Reports on dispensaries and lunatic asylums in the Province of Oudh - 1869-1876
Year: 1869
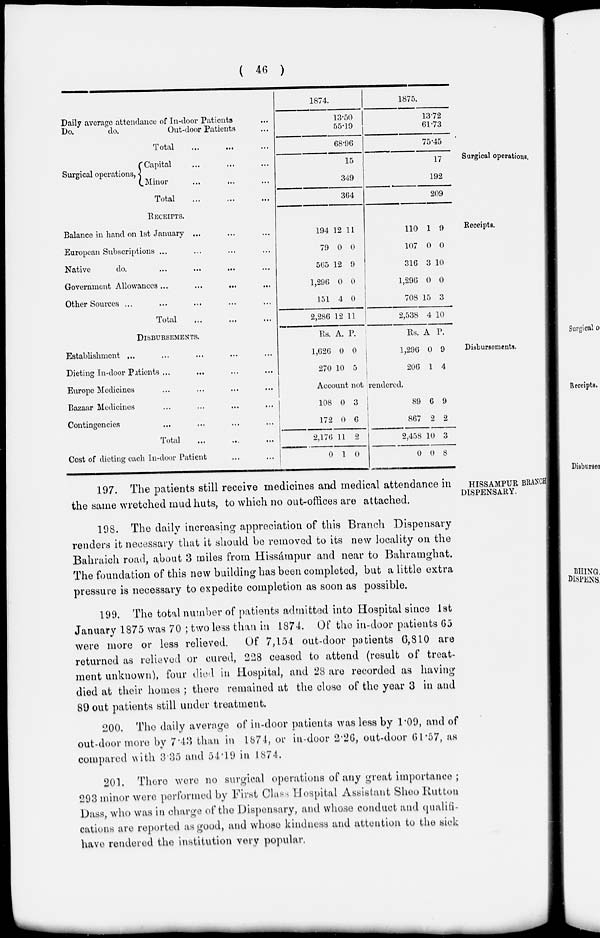
( 46 )
Surgical operations.
Daily average attendance of In-door Patients ...
Do.
do.
Out-door Patients ...
Total ... ... ...
Surgical operations,
Capital ... ... ...
Minor ... ... ...
Total ... ... ...
1874.
13.50
55.19
68.96
15
349
364
1875.
13.72
61.73
75.45
17
192
209
Receipts.
RECEIPTS.
Balance in hand on 1st January ... ... ...
European Subscriptions ... ... ... ...
Native
do. ... ... ... ...
Government Allowances ... ... ...
...
Other Sources ... ... ... ... ...
Total ... ... ...
194
79
565
1,296
151
2,286
12
0
12
0
4
12
11
0
9
0
0
11
110
107
316
1,296
708
2,538
1
0
3
0
15
4
9
0
10
0
3
10
Disbursements.
DISBURSEMENTS.
Establishment ... ... ... ... ...
Dieting In-door Patients ... ... ... ...
Europe Medicines ... ... ... ...
Bazaar Medicines ... ... ... ...
Contingencies ... ... ... ...
Total ... ... ...
Cost of dieting each In-door Patient ... ...
Rs.
1,626
270
A.
0
10
P.
0
5
Rs.
1,296
206
A.
0
1
P.
9
4
Account not rendered.
108
172
2,176
0
0
0
11
1
3
6
2
0
89
867
2,458
0
6
2
10
0
9
2
3
8
HISSAMPUR BRANCH
DISPENSARY.
197. The patients still receive medicines and medical attendance in
the same wretched mud huts, to which no out-offices are attached.
198. The daily increasing appreciation of this Branch Dispensary-
renders it necessary that it should be removed to its new locality on the
Bahraich road, about 3 miles from Hissámpur and near to Bahramghat.
The foundation of this new building has been completed, but a little extra
pressure is necessary to expedite completion as soon as possible.
199. The total number of patients admitted into Hospital since 1st
January 1875 was 70 ; two less than in 1874. Of the in-door patients 65
were more or less relieved.
Of 7,154 out-door patients 6,810 are
returned as relieved or cured, 228 ceased to attend (result of treat-
ment unknown), four died in Hospital, and 28 are recorded as having
died at their homes ; there remained at the close of the year 3 in and
89 out patients still under treatment.
200. The daily average of in-door patients was less by 1.09, and of
out-door more by 7.43 than in 1874, or in-door 2.26, out-door 61.57, as
compared with 3.35 and 54.19 in 1874.
201. There were no surgical operations of any great importance ;
293 minor were performed by First Class Hospital Assistant Shoo Rutton
Dass, who was in charge of the Dispensary, and whose conduct and qualifi-
cations are reported as good, and whose kindness and attention to the sick
have rendered the institution very popular.